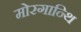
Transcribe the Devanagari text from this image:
मोरगान्थि